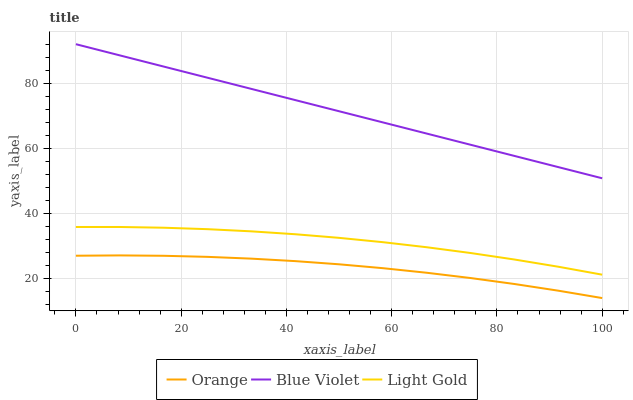
| xaxis_label | Orange | Blue Violet | Light Gold |
 | --- | --- | --- | --- |
 | 0 | 27 | 92 | 35.8 |
 | 8.33 | 27.1 | 88.6 | 35.8 |
 | 16.7 | 27 | 85.1 | 35.6 |
 | 25 | 26.6 | 81.7 | 35.1 |
 | 33.3 | 26.1 | 78.3 | 34.5 |
 | 41.7 | 25.3 | 74.8 | 33.6 |
 | 50 | 24.3 | 71.4 | 32.5 |
 | 58.3 | 23.2 | 68 | 31.1 |
 | 66.7 | 21.7 | 64.5 | 29.6 |
 | 75 | 20.1 | 61.1 | 27.8 |
 | 83.3 | 18.3 | 57.7 | 25.8 |
 | 91.7 | 16.2 | 54.2 | 23.6 |
 | 100 | 14 | 50.8 | 21.2 |